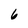
Character: 6